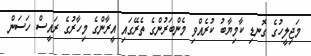
މަޖިލީހުގެ ގޮނޑި ކާމިޔާބު ކުރެއްވި މެންބަރުންގެ ތެރޭގައި އީރާންގެ މިހާރުގެ ރައީސް ހަސަން